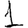
Digit: 1